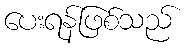
ပေးရန်ဖြစ်သည်